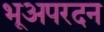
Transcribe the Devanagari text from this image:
भूअपरदन